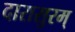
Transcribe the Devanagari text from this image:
दारासुरम्